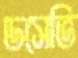
ডসেভি